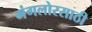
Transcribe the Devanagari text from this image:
मंगलोरसाठी